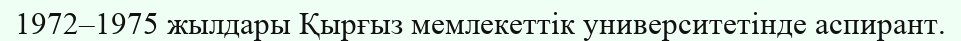
1972–1975 жылдары Қырғыз мемлекеттік университетінде аспирант.